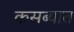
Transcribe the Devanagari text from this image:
कसब्यात